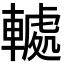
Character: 𮝤